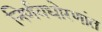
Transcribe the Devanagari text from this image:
निर्णयधोरणांत